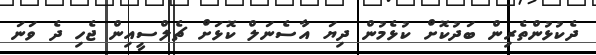
ދެކުޅުންތެރިން ބަދުކޮށް ކުޅެމުން ދިޔަ އާސެނަލް ކޮޅަށް ޗެލްސީއިން ޖެހި ދެ ވަނަ